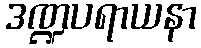
ဒဏ္ဍပရာယနာ